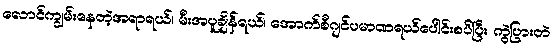
လောင်ကျွမ်းနေတဲ့အရာရယ်၊ မီးအပူချိန်ရယ်၊ အောက်စီဂျင်ပမာဏရယ်ပေါင်းစပ်ပြီး ကွဲပြားတဲ